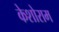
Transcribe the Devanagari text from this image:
केशोराम